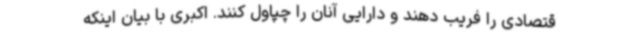
قتصادی را فریب دهند و دارایی آنان را چپاول کنند. اکبری با بیان اینکه